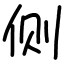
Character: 侧